Vabadussoja_Ajaloo_Komitee, lk 11
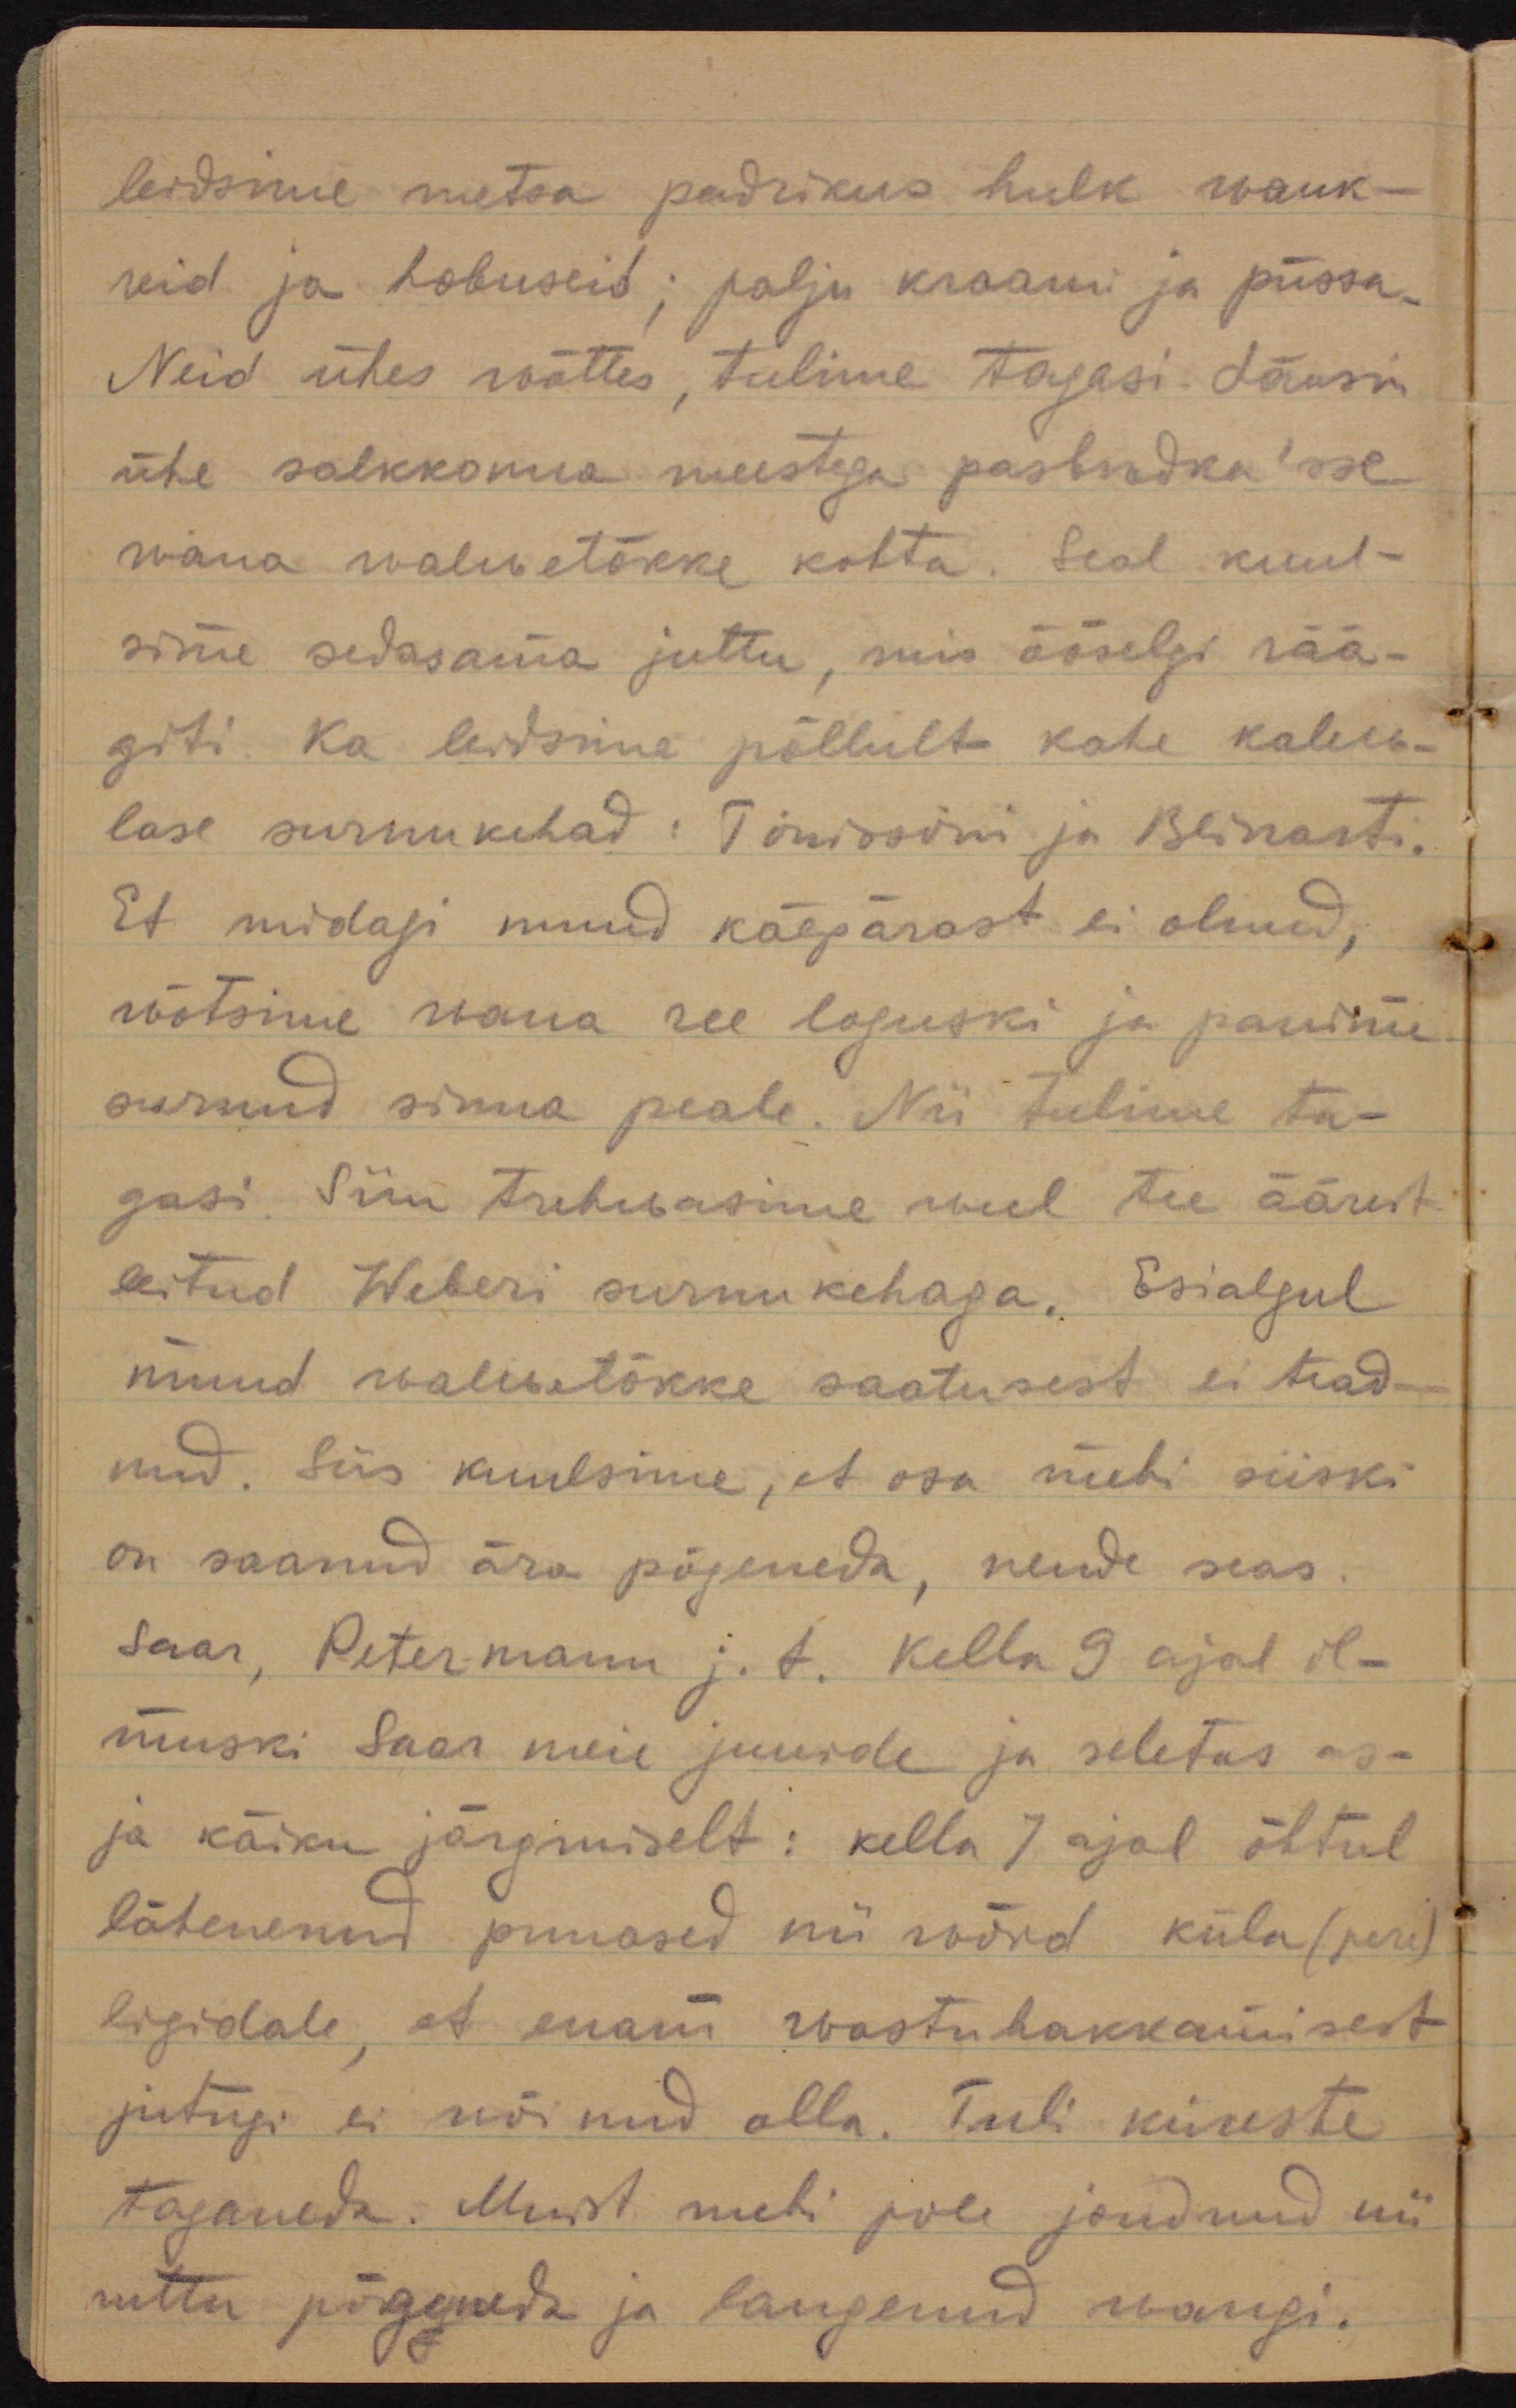
leidsime metsa padrikus hulk wank-
reid ja hobuseid; palju kraami ja püssa.
Neid ühes wõttes, tulime tagasi. Läksin
ühe salkkonna meestega разведка´sse
wana walwetõkke kohta. Seal kuul-
sime sedasama juttu, mis ööselgi rää-
giti. Ka leidsime põllult kahe kalew-
lase surnukehad: Tõnissoni ja Blinarti.
Et midagi muud käepärast ei olnud,
wõtsime wana ree lojuski ja panime
surnud sinna peale. Nii tulime ta-
gasi. Siin trehwasime weel tee äärest
leitud Weberi surnukehaga. Esialgul
muud walwetõkke saatusest ei tead-
nud. Siis kuulsime, et osa mehi siiski
on saanud ära põgeneda, nende seas
Saar, Petermann j. t. Kella 9 ajal il-
muski Saar meie juurde ja seletas as-
ja käiku järgmiselt: kella 7 ajal õhtul
lähenenud punased nii wõrd küla (pere)
ligidale, et enam wastuhakkamisest
jutugi ei wõinud olla. Tuli kiireste
taganeda. Muist mehi pole jõudnud nii
ruttu põgeneda ja langenud wangi.